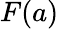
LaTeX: F(a)